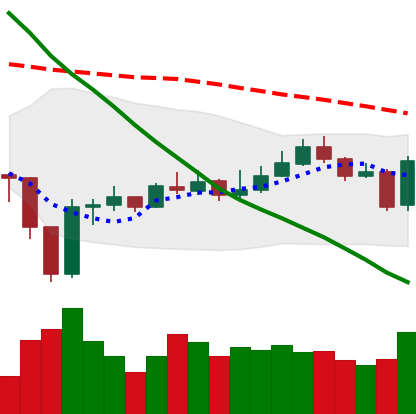
Ticker: EOS-USD
Chart end date: 2020-01-03
Forward return: 5.752%
Label: up_5_7